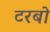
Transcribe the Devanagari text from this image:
टरबो